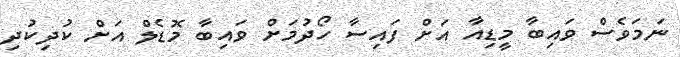
ނަމަވެސް ވައިބާ މީޑިއާ އަށް ފައިސާ ހޯދުމަށް ވައިބާ މޮޑެލް އަށް ކުދިކުދި